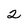
Character: 2